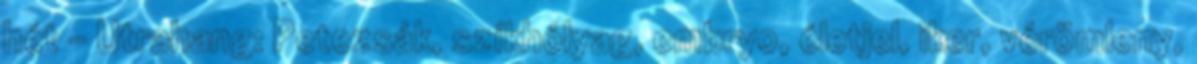
hét - Utrahang: Petezsák, szíkhólyag, embryo, életjel, iker, vérömleny,